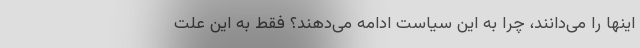
اینها را می‌دانند، چرا به این سیاست ادامه می‌دهند؟ فقط به این علت